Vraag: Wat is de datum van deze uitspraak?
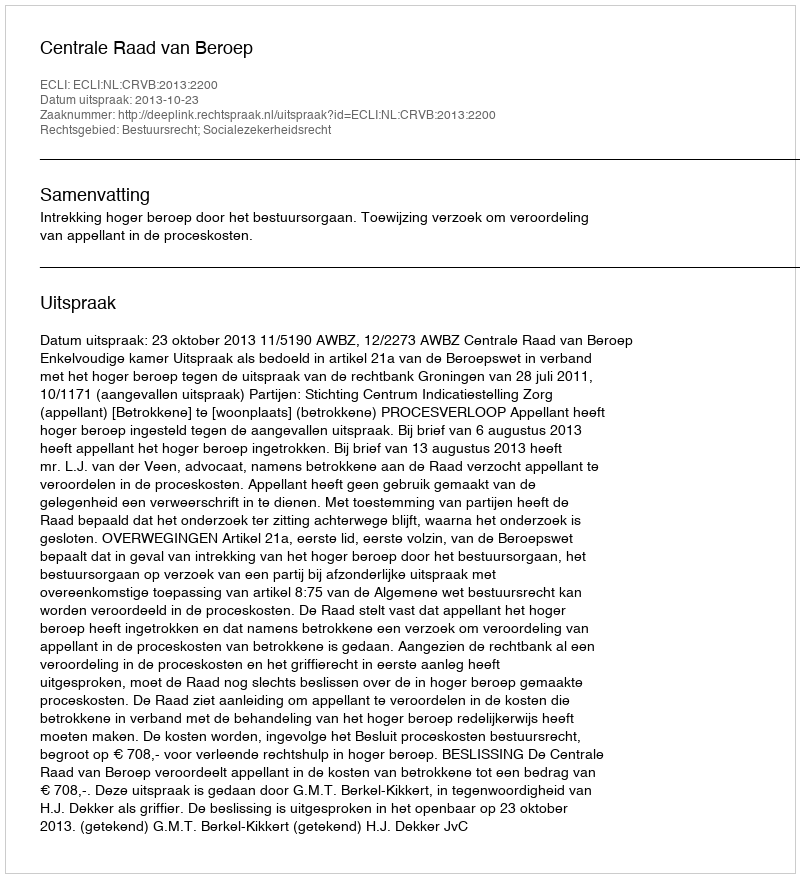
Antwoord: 2013-10-23